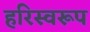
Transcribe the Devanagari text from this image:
हरिस्वरूप